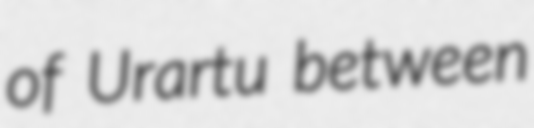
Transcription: of Urartu between